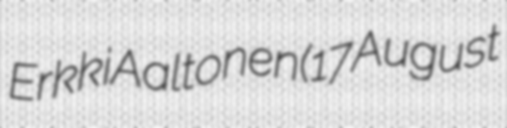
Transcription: Erkki Aaltonen (17 August